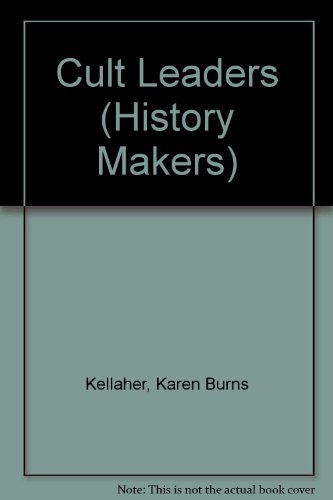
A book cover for History Makers - Cult Leaders; Karen Burns Kellaher; Teen & Young Adult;